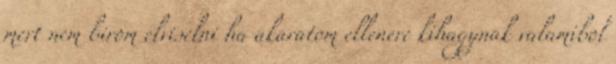
mert nem birom elviselni ha akaratom ellenere kihagynak valamibol